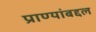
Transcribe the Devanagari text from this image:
प्राण्यांबद्दल